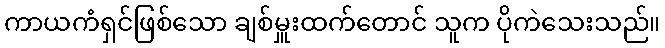
ကာယကံရှင်ဖြစ်သော ချစ်မှူးထက်တောင် သူက ပိုကဲသေးသည်။